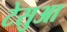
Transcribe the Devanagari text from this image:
टेसुआ